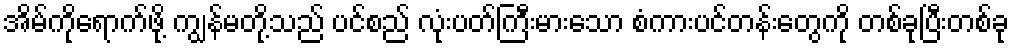
အိမ်ကိုရောက်ဖို့ ကျွန်မတို့သည် ပင်စည် လုံးပတ်ကြီးမားသော စံကားပင်တန်းတွေကို တစ်ခုပြီးတစ်ခု